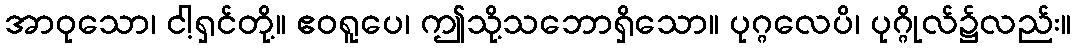
အာဝုသော၊ ငါ့ရှင်တို့။ ဧဝရူပေ၊ ဤသို့သဘောရှိသော။ ပုဂ္ဂလေပိ၊ ပုဂ္ဂိုလ်၌လည်း။